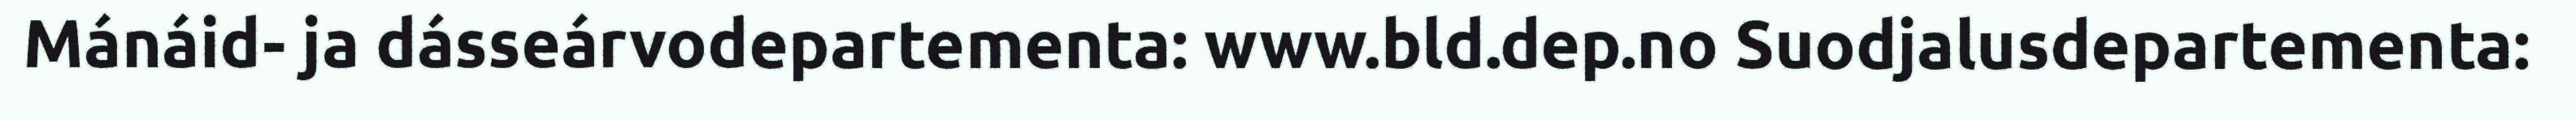
Mánáid- ja dásseárvodepartementa: www.bld.dep.no Suodjalusdepartementa: